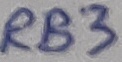
Text: RB3